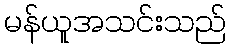
မန်ယူအသင်းသည်